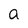
Character: a